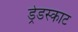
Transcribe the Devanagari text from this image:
ड्रेडस्काट